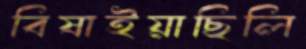
বিষাইয়াছিলি